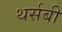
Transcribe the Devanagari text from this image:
थर्सबी